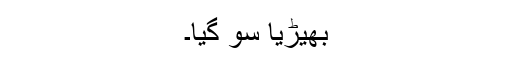
بھیڑیا سو گیا۔